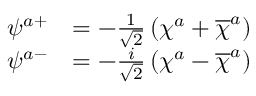
\begin{array} { c c c } { { \psi ^ { a + } } } & { { = - \frac 1 { \sqrt { 2 } } \left( \chi ^ { a } + \overline { { { \chi } } } ^ { a } \right) } } & { { } } \\ { { \psi ^ { a - } } } & { { = - \frac i { \sqrt { 2 } } \left( \chi ^ { a } - \overline { { { \chi } } } ^ { a } \right) } } & { { } } \end{array}